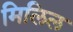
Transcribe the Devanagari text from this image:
मिलिल